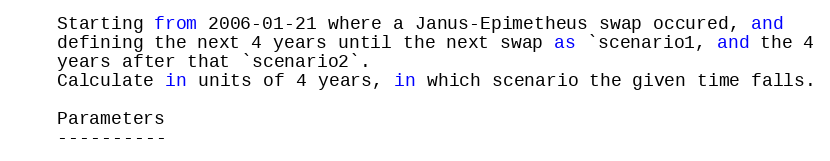
Language: Python
    Starting from 2006-01-21 where a Janus-Epimetheus swap occured, and
    defining the next 4 years until the next swap as `scenario1, and the 4
    years after that `scenario2`.
    Calculate in units of 4 years, in which scenario the given time falls.

    Parameters
    ----------